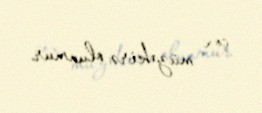
çox müzakirə olunmur.